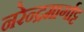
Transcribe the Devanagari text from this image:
नरेन्द्रमार्गाट्ट